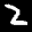
Label: 2